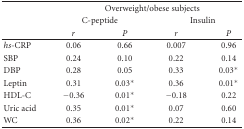
|  | <COLSPAN=4> Overweight/obese subjects |
 |  | <COLSPAN=2> C-peptide | <COLSPAN=2> Insulin |
 |  | r | P | r | P |
 | --- | --- | --- | --- | --- |
 | hs-CRP | 0.06 | 0.66 | 0.007 | 0.96 |
 | SBP | 0.24 | 0.10 | 0.22 | 0.14 |
 | DBP | 0.28 | 0.05 | 0.33 | 0.03∗ |
 | Leptin | 0.31 | 0.03∗ | 0.36 | 0.01∗ |
 | HDL-C | −0.36 | 0.01∗ | −0.18 | 0.22 |
 | Uric acid | 0.35 | 0.01∗ | 0.07 | 0.60 |
 | WC | 0.36 | 0.02∗ | 0.22 | 0.14 |